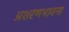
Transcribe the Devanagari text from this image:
अशरणभावना